Election expenses, 1922, 1922
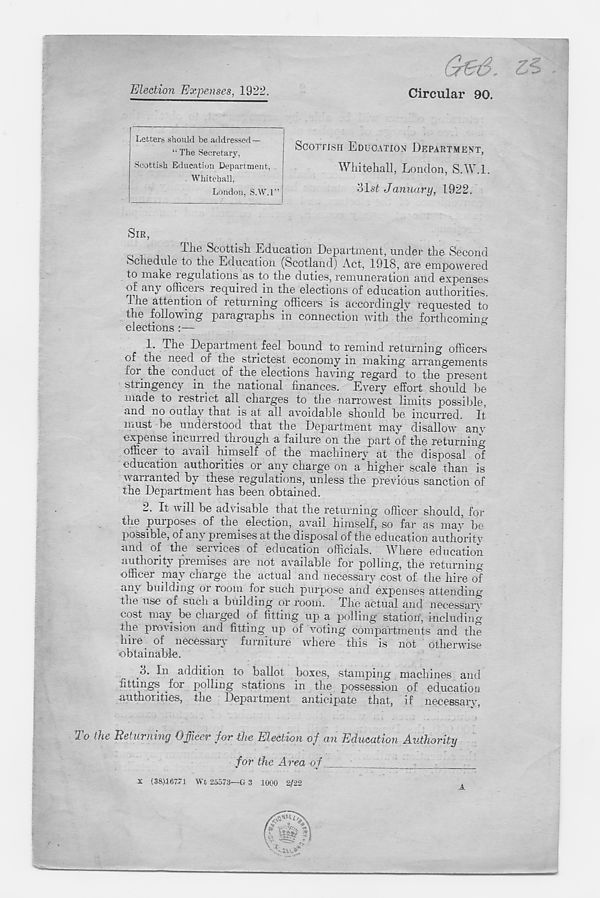
Election Expenses, 1922.
Circular 90.
Letters should be addressed —
“ The Secretary,
Scottish Education Department,
. Whitehall,
London, S.W.l”
SCOTTISH EDUCATION DEPARTMENT,
Whitehall, London, S.W.l.
olsf January, 1922.
SIR,
'll!© Scottish Education Department, under the Second
Schedule to the Education (Scotland) Act, 1918, are empowered
to make regulations as to the duties, remuneration and expenses
of any officers required in the elections of education authorities.
1 ne attention of returning officers is accordingly requested to
the following paragraphs in connection with the forthcoming
1. The Department feel bound to remind returning officers
of the need of the strictest economy in making arrangements
for the conduct of the elections having regard to the present
stringency in the national finances. Every effort should be
made to restrict all charges to the narrowest limits possible,
and no outlay that is at all avoidable should be incurred. It
must be. understood that the Department may disallow am*
expense incur led through a failure on the part of the returning
officer to avail himself of the machinery at the disposal of
education authorities or any charge on a higher scale than is
warranted by these regulations, unless the previous sanction of
the Department has been obtained.
2. It will be advisable that the returning officer should, for
the purposes of the election, avail himself, so far as may be
possible, of any premises at the disposal of the education authority
and of the services of education officials. Where education
authority premises are not available for polling, the returning
officer may charge the actual and necessary cost of the hire of
any building or room for such purpose and expenses attending
the use of such a building or room. Tire actual and necessarv
cost may be charged of fitting up a polling station, including
the provision and fitting up of voting compartments and the
hire of necessary furniture where this is not otherwise
obtainable.
.3. In addition to ballot boxes, stamping machines and
fittings for polling stations in the possession of education
authorities, the Department anticipate that, if necessarv,
To the Returning Officer for the Election of an Education Authority
for the Area of
X (38)16771 Wt 25573—G 3 1000 2/22
.A